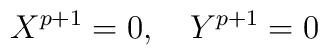
X^{p+1}=0, \quad Y^{p+1}=0